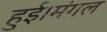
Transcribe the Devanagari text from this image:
हुई।मंगल